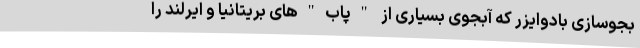
بجوسازی بادوایزر که آبجوی بسیاری از "پاب"های بریتانیا و ایرلند را